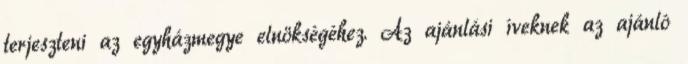
terjeszteni az egyházmegye elnökségéhez. Az ajánlási íveknek az ajánló